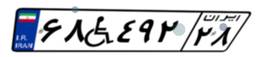
۶۸W۴۹۲۲۸